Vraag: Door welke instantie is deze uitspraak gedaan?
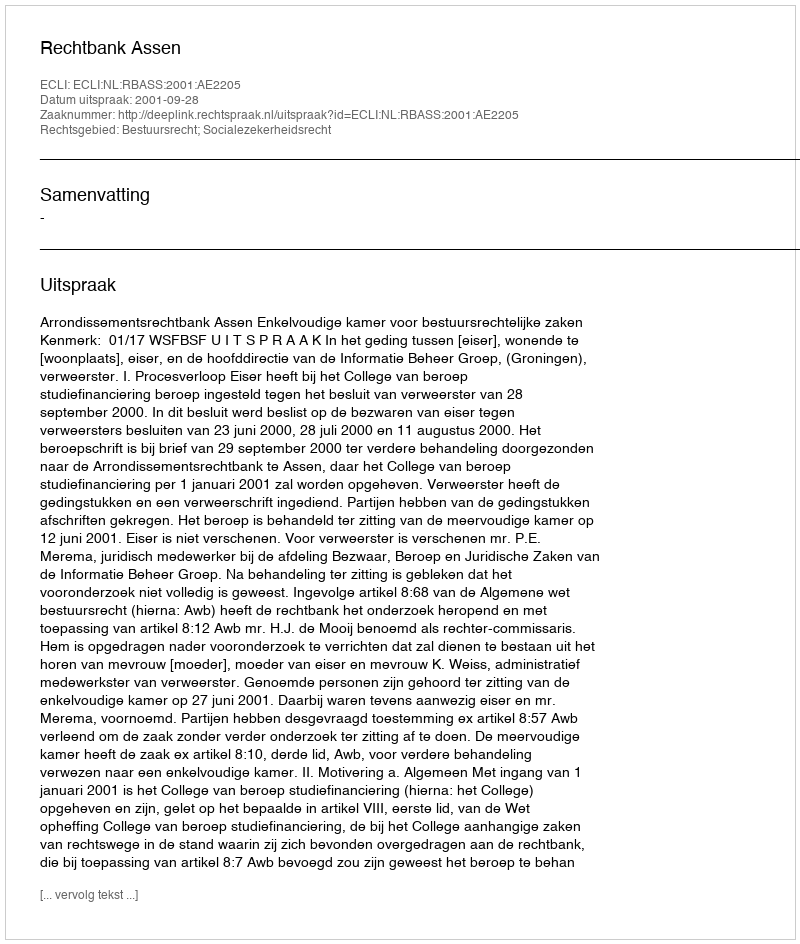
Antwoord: Rechtbank Assen